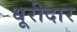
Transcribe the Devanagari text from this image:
धूरीदार